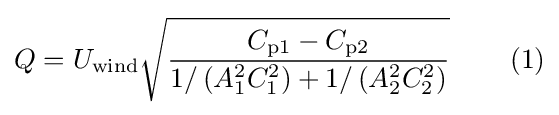
Q=U_{\textrm {wind}}{\sqrt {\frac {C_{\textrm {p1}}-C_{\textrm {p2}}}{1/\left(A_{\textrm {1}}^{2}C_{\textrm {1}}^{2}\right)+1/\left(A_{\textrm {2}}^{2}C_{\textrm {2}}^{2}\right)}}}\qquad {}\left(1\right)